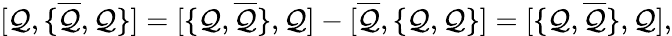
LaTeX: {[}\mathcal{Q},{\{ }\overline{{{{\mathcal{Q}}}}},\mathcal{Q}{\} }{]}={[}{\{ }\mathcal{Q},\overline{{{{\mathcal{Q}}}}}{\} },\mathcal{Q}{]}-{[}\overline{{{{\mathcal{Q}}}}},{\{ }\mathcal{Q},\mathcal{Q}{\} }{]}={[}{\{ }\mathcal{Q},\overline{{{{\mathcal{Q}}}}}{\} },\mathcal{Q}{]},